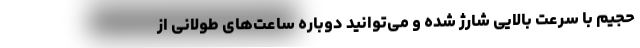
حجیم با سرعت بالایی شارژ شده و می‌توانید دوباره ساعت‌های طولانی از